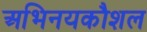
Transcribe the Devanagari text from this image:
अभिनयकौशल